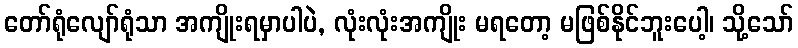
တော်ရုံလျော်ရုံသာ အကျိုးရမှာပါပဲ, လုံးလုံးအကျိုး မရတော့ မဖြစ်နိုင်ဘူးပေါ့၊ သို့သော်